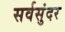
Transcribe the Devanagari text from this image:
सर्वसुंदर